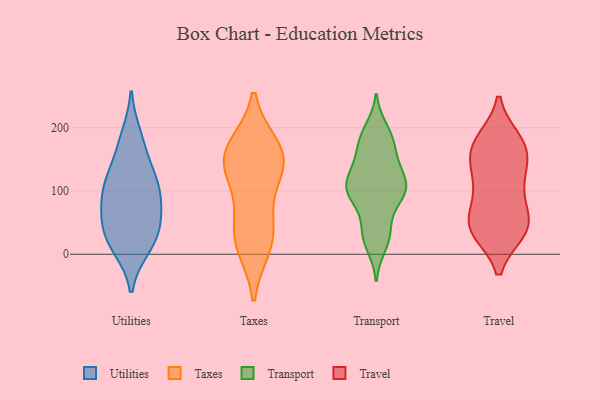
{"axis": {"x": "Satisfaction Score", "y": "Value"}, "legend": ["Taxes", "Transport", "Travel", "Utilities"], "data": [{"x": "", "y": 131, "type": "Utilities"}, {"x": "", "y": 12, "type": "Utilities"}, {"x": "", "y": 187, "type": "Utilities"}, {"x": "", "y": 107, "type": "Utilities"}, {"x": "", "y": 44, "type": "Utilities"}, {"x": "", "y": 41, "type": "Utilities"}, {"x": "", "y": 112, "type": "Utilities"}, {"x": "", "y": 69, "type": "Utilities"}, {"x": "", "y": 11, "type": "Utilities"}, {"x": "", "y": 173, "type": "Utilities"}, {"x": "", "y": 72, "type": "Utilities"}, {"x": "", "y": 26, "type": "Utilities"}, {"x": "", "y": 118, "type": "Utilities"}, {"x": "", "y": 85, "type": "Utilities"}, {"x": "", "y": 140, "type": "Taxes"}, {"x": "", "y": 168, "type": "Taxes"}, {"x": "", "y": 35, "type": "Taxes"}, {"x": "", "y": 18, "type": "Taxes"}, {"x": "", "y": 12, "type": "Taxes"}, {"x": "", "y": 150, "type": "Taxes"}, {"x": "", "y": 150, "type": "Taxes"}, {"x": "", "y": 66, "type": "Taxes"}, {"x": "", "y": 122, "type": "Taxes"}, {"x": "", "y": 170, "type": "Taxes"}, {"x": "", "y": 184, "type": "Transport"}, {"x": "", "y": 115, "type": "Transport"}, {"x": "", "y": 104, "type": "Transport"}, {"x": "", "y": 34, "type": "Transport"}, {"x": "", "y": 103, "type": "Transport"}, {"x": "", "y": 184, "type": "Transport"}, {"x": "", "y": 137, "type": "Transport"}, {"x": "", "y": 104, "type": "Transport"}, {"x": "", "y": 198, "type": "Transport"}, {"x": "", "y": 139, "type": "Transport"}, {"x": "", "y": 111, "type": "Transport"}, {"x": "", "y": 88, "type": "Transport"}, {"x": "", "y": 171, "type": "Transport"}, {"x": "", "y": 98, "type": "Transport"}, {"x": "", "y": 13, "type": "Transport"}, {"x": "", "y": 43, "type": "Transport"}, {"x": "", "y": 84, "type": "Transport"}, {"x": "", "y": 151, "type": "Transport"}, {"x": "", "y": 27, "type": "Transport"}, {"x": "", "y": 39, "type": "Travel"}, {"x": "", "y": 164, "type": "Travel"}, {"x": "", "y": 44, "type": "Travel"}, {"x": "", "y": 159, "type": "Travel"}, {"x": "", "y": 179, "type": "Travel"}, {"x": "", "y": 94, "type": "Travel"}, {"x": "", "y": 118, "type": "Travel"}, {"x": "", "y": 38, "type": "Travel"}, {"x": "", "y": 177, "type": "Travel"}, {"x": "", "y": 135, "type": "Travel"}, {"x": "", "y": 48, "type": "Travel"}, {"x": "", "y": 104, "type": "Travel"}, {"x": "", "y": 50, "type": "Travel"}, {"x": "", "y": 169, "type": "Travel"}, {"x": "", "y": 43, "type": "Travel"}]}